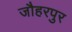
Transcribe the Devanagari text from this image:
जौहरपुर